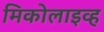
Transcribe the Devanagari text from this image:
मिकोलाइव्ह